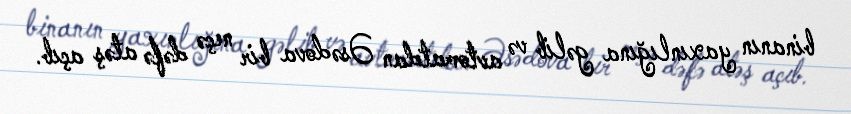
binanın yaxınlığına gəlib və avtomatdan Əsədova bir neçə dəfə atəş açıb.